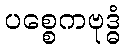
ပစ္စေကဗုဒ္ဓံ